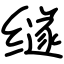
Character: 䍁